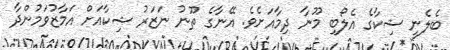
ބެލެނީ ޝިކާގެ އެލޯބި މޫނާ ދިމާއަށެވެ. އޭނާގެ ތޫނު ނަޒަރު ޝިކާއަށް އަމާޒުވަމުންދާ